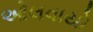
ઓલવાયો